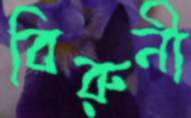
বিরুনী